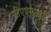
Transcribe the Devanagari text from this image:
सीएएमआई